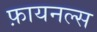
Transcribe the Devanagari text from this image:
फ़ायनल्स